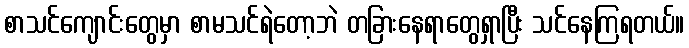
စာသင်ကျောင်းတွေမှာ စာမသင်ရဲတော့ဘဲ တခြားနေရာတွေရှာပြီး သင်နေကြရတယ်။